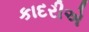
કાદરીએ